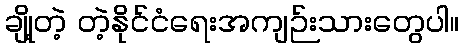
ချို့တဲ့ တဲ့နိုင်ငံရေးအကျဉ်းသားတွေပါ။